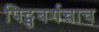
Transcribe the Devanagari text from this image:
पिट्सबर्गचाच